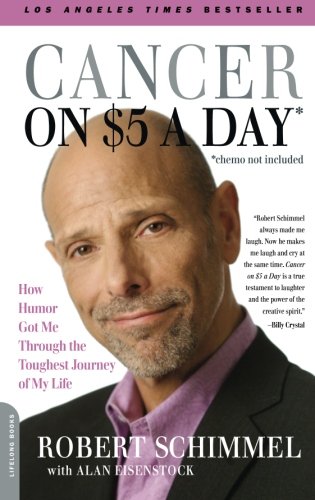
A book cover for Cancer on Five Dollars a Day (chemo not included): How Humor Got Me Through the Toughest Journey of My Life; Robert Schimmel; Humor & Entertainment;